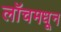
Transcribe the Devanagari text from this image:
लॉचमधून